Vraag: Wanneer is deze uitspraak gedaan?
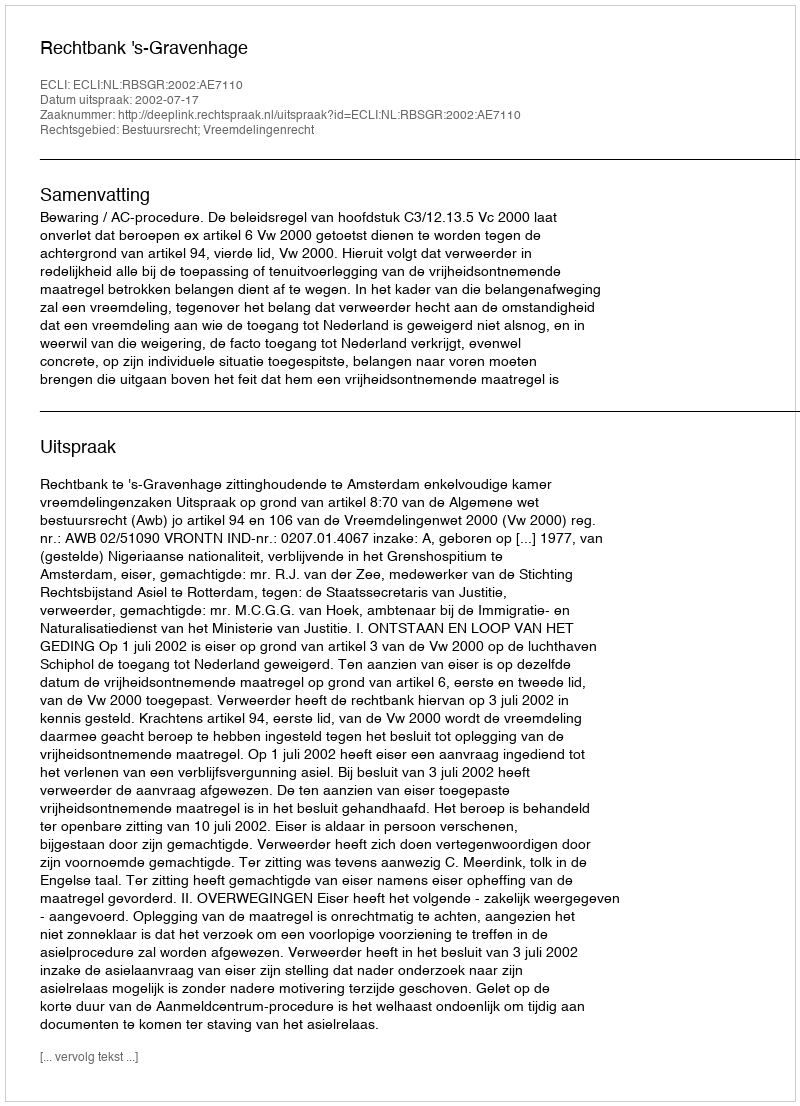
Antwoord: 2002-07-17